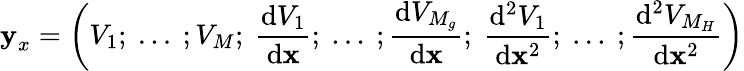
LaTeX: \textbf{y}_{x}=\left(V_{1};~...~;V_{M};~\frac{\mathrm{d}V_{1}}{\mathrm{d}\textbf{x}};~...~;\frac{\mathrm{d}V_{M_{g}}}{\mathrm{d}\textbf{x}};~\frac{\mathrm{d}^{2}V_{1}}{\mathrm{d}\textbf{x}^{2}};~...~;\frac{\mathrm{d}^{2}V_{M_{H}}}{\mathrm{d}\textbf{x}^{2}}\right)